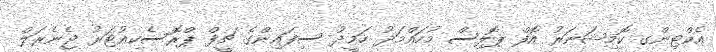
އެކްޓިންގ ކޮމިޝަނަރު އޮފް ޕޮލިސް މުހައްމަދު ހަމީދު ސިފައިންގެ ޗީފް ޕްރޮސެކިއުޓަރު ޖެނެރަލް